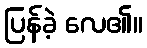
ပြန်ခဲ့ လေ၏။